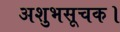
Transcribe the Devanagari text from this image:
अशुभसूचक।